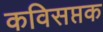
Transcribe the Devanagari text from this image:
कविसप्तक